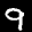
Label: 9